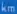
km